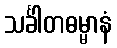
သင်္ခါတဓမ္မာနံ